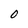
Character: 0